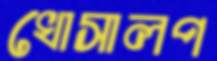
খোসালপ